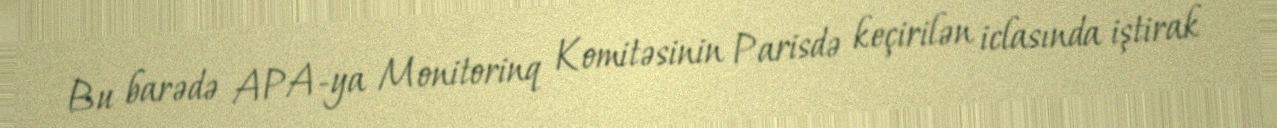
Bu barədə APA-ya Monitorinq Komitəsinin Parisdə keçirilən iclasında iştirak